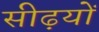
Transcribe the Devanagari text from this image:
सीढ़यों